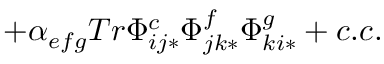
+ \alpha _ { e f g } T r \Phi _ { i j * } ^ { c } \Phi _ { j k * } ^ { f } \Phi _ { k i * } ^ { g } + c . c .